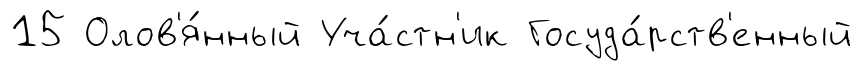
15 Олов'я́нный Уча́стн'ик Госуда́рств'енный